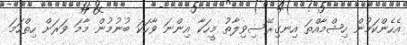
އެހެންކަމުން ހިޝްމާއްތަ އިނގިރޭސިވިލާތު މީހަކާ އިންނަ ވާހަކަ ބުނުމުން މާމަ ވަރަށް ހިތްހަމަ